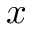
x